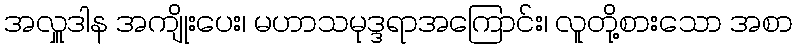
အလှူဒါန အကျိုးပေး၊ မဟာသမုဒ္ဒရာအကြောင်း၊ လူတို့စားသော အစာ